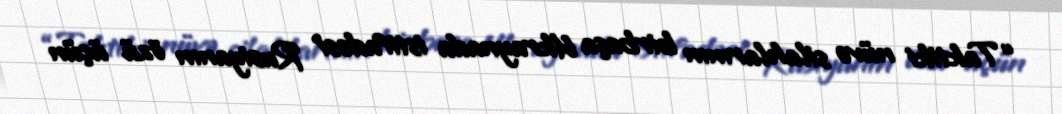
“Taktiki nüvə silahlarının birbaşa Ukraynada istifadəsi Rusiyanın özü üçün